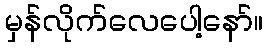
မှန်လိုက်လေပေါ့နော်။